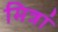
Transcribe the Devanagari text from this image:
मित्रां